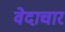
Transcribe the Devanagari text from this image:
वेदाचार